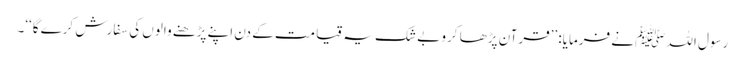
رسول اللہ ﷺنے فرمایا: ’’قرآن پڑھا کرو بے شک یہ قیامت کے دن اپنے پڑھنے والوں کی سفارش کرے گا‘‘۔